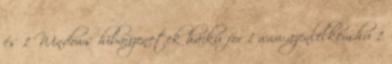
és 1 Windows hibaüzenetek haiku for 1 www.azenlelkem.hu 1